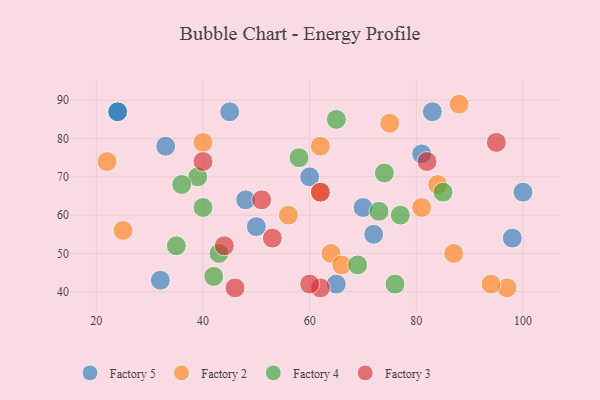
{"axis": {"x": "GDP", "y": "Life Expectancy"}, "legend": ["Factory 2", "Factory 3", "Factory 4", "Factory 5"], "data": [{"x": "81", "y": 76, "type": "Factory 5"}, {"x": "45", "y": 87, "type": "Factory 5"}, {"x": "70", "y": 62, "type": "Factory 5"}, {"x": "48", "y": 64, "type": "Factory 5"}, {"x": "32", "y": 43, "type": "Factory 5"}, {"x": "100", "y": 66, "type": "Factory 5"}, {"x": "60", "y": 70, "type": "Factory 5"}, {"x": "72", "y": 55, "type": "Factory 5"}, {"x": "65", "y": 42, "type": "Factory 5"}, {"x": "98", "y": 54, "type": "Factory 5"}, {"x": "83", "y": 87, "type": "Factory 5"}, {"x": "33", "y": 78, "type": "Factory 5"}, {"x": "50", "y": 57, "type": "Factory 5"}, {"x": "24", "y": 87, "type": "Factory 5"}, {"x": "24", "y": 87, "type": "Factory 5"}, {"x": "56", "y": 60, "type": "Factory 2"}, {"x": "84", "y": 68, "type": "Factory 2"}, {"x": "87", "y": 50, "type": "Factory 2"}, {"x": "40", "y": 79, "type": "Factory 2"}, {"x": "25", "y": 56, "type": "Factory 2"}, {"x": "97", "y": 41, "type": "Factory 2"}, {"x": "94", "y": 42, "type": "Factory 2"}, {"x": "62", "y": 78, "type": "Factory 2"}, {"x": "62", "y": 66, "type": "Factory 2"}, {"x": "81", "y": 62, "type": "Factory 2"}, {"x": "88", "y": 89, "type": "Factory 2"}, {"x": "75", "y": 84, "type": "Factory 2"}, {"x": "22", "y": 74, "type": "Factory 2"}, {"x": "64", "y": 50, "type": "Factory 2"}, {"x": "66", "y": 47, "type": "Factory 2"}, {"x": "69", "y": 47, "type": "Factory 4"}, {"x": "85", "y": 66, "type": "Factory 4"}, {"x": "58", "y": 75, "type": "Factory 4"}, {"x": "74", "y": 71, "type": "Factory 4"}, {"x": "65", "y": 85, "type": "Factory 4"}, {"x": "39", "y": 70, "type": "Factory 4"}, {"x": "42", "y": 44, "type": "Factory 4"}, {"x": "73", "y": 61, "type": "Factory 4"}, {"x": "77", "y": 60, "type": "Factory 4"}, {"x": "76", "y": 42, "type": "Factory 4"}, {"x": "43", "y": 50, "type": "Factory 4"}, {"x": "35", "y": 52, "type": "Factory 4"}, {"x": "36", "y": 68, "type": "Factory 4"}, {"x": "40", "y": 62, "type": "Factory 4"}, {"x": "44", "y": 52, "type": "Factory 3"}, {"x": "40", "y": 74, "type": "Factory 3"}, {"x": "46", "y": 41, "type": "Factory 3"}, {"x": "62", "y": 41, "type": "Factory 3"}, {"x": "53", "y": 54, "type": "Factory 3"}, {"x": "82", "y": 74, "type": "Factory 3"}, {"x": "62", "y": 66, "type": "Factory 3"}, {"x": "60", "y": 42, "type": "Factory 3"}, {"x": "51", "y": 64, "type": "Factory 3"}, {"x": "95", "y": 79, "type": "Factory 3"}]}